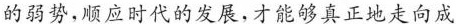
的弱势，顺应时代的发展，才能够真正地走向成